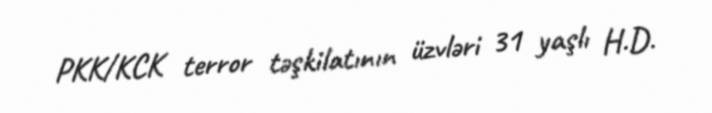
PKK/KCK terror təşkilatının üzvləri 31 yaşlı H.D.